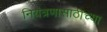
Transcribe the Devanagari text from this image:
नियंत्रणासाठीच्या